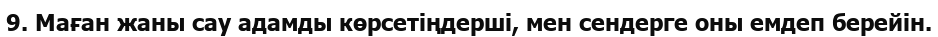
9. Маған жаны сау адамды көрсетіңдерші, мен сендерге оны емдеп берейін.